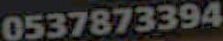
0537873394